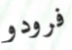
فرودو